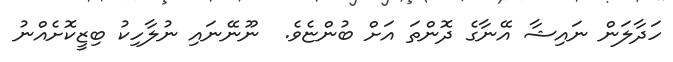
ހަދާލަން ނައިޝާ އޭނާގެ ދޮންތަ އަށް ބުންޏެވެ.  ނޫނޭނައި ނުލާހިކު ބިޒީކޮށެއްނު